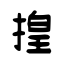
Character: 揘